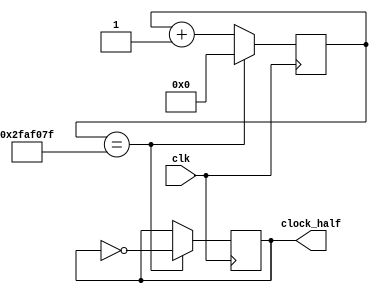
`timescale 1ns / 1ps
//////////////////////////////////////////////////////////////////////////////////
// Company: 
// Engineer: 
// 
// Design Name: 
// Module Name: clock_1s
// Project Name: 
// Target Devices: 
// Tool Versions: 
// Description: 
// 
// Dependencies: 
// 
// Revision:
// Revision 0.01 - File Created
// Additional Comments:
// 
//////////////////////////////////////////////////////////////////////////////////


module clock_half_sec( //half a second clock
    input clk, //basys 3 board clock, 100 MHz
    output reg clock_half //half a second clock , 2 Hz
    );
    initial begin 
	 clock_half=0;
	 end
    reg [28:0] count=0;
    
    always@(posedge clk)
    begin
    count<=count+1;
    
    if (count==49_999_999) //50 M, 0 to 499,999,999
    begin
    count<=0;
    clock_half=~clock_half;
   
    end
    end
endmodule